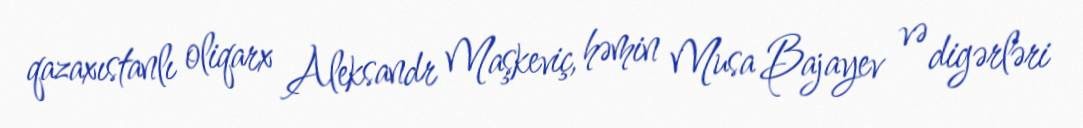
qazaxıstanlı oliqarx Aleksandr Maşkeviç, həmin Musa Bajayev və digərləri